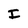
Character: I